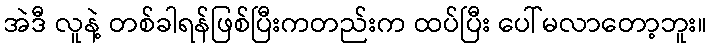
အဲဒီ လူနဲ့ တစ်ခါရန်ဖြစ်ပြီးကတည်းက ထပ်ပြီး ပေါ်မလာတော့ဘူး။